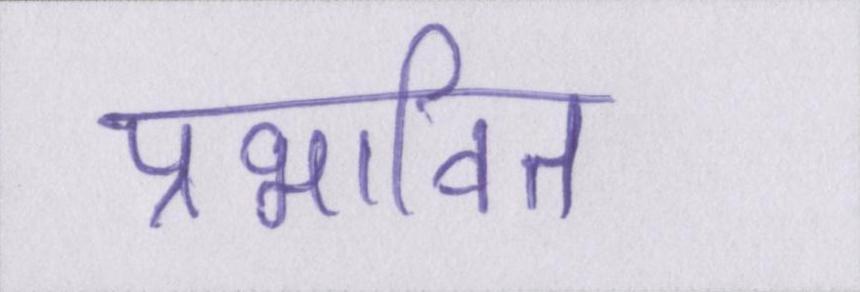
प्रभावित